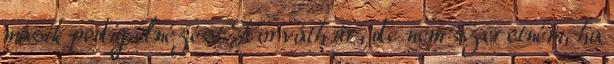
másik pedig elnézést Horváth úr, de nem szeretném, ha